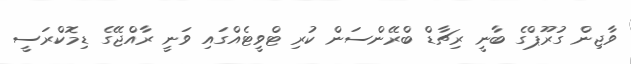
ވާޖިން ގުރޫޕްގެ ބާނީ ރިޗާޑް ބްރޭންސަން ކުރި ޓްވީޓެއްގައި ވަނީ ރާއްޖޭގެ ޑިމޮކްރަސީ